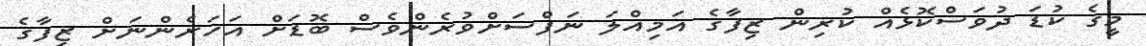
މީގެ ކުޑަ ދުވަސްކޮޅެއް ކުރިން ޒިފާގެ އަމިއްލަ ނަފްސަށްވުރެންވެސް ބޮޑަށް އަހަރެންނަށް ޒިފާގެ